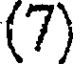
(7)